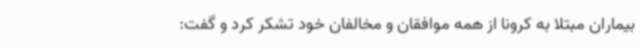
بیماران مبتلا به کرونا از همه موافقان و مخالفان خود تشکر کرد و گفت: